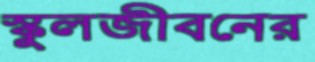
স্কুলজীবনের